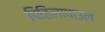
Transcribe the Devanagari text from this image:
पिहिलापाउल